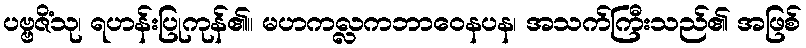
ပဗ္ဗဇိံသု၊ ရဟန်းပြုကုန်၏။ မဟကလ္လကဘာဝေနပန၊ အသက်ကြီးသည်၏ အဖြစ်